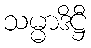
သမ္မာဒိဋ္ဌီ